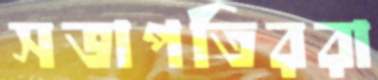
সভাপতিররা